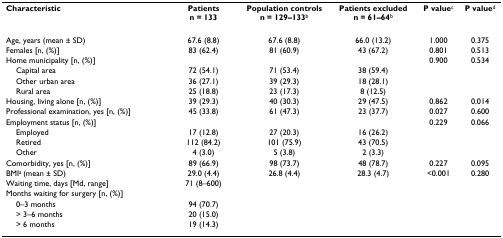
<table><thead><tr><td><b>Characteristic</b></td><td><b>Patients n = 133</b></td><td><b>Population controls n = 129–133<sup>b</sup></b></td><td><b>Patients excluded n = 61–64<sup>b</sup></b></td><td><b>P value<sup>c</sup></b></td><td><b>P value<sup>d</sup></b></td></tr></thead><tbody><tr><td>Age, years (mean ± SD)</td><td>67.6 (8.8)</td><td>67.6 (8.8)</td><td>66.0 (13.2)</td><td>1.000</td><td>0.375</td></tr><tr><td>Females [n, (%)]</td><td>83 (62.4)</td><td>81 (60.9)</td><td>43 (67.2)</td><td>0.801</td><td>0.513</td></tr><tr><td>Home municipality [n, (%)]</td><td></td><td></td><td></td><td>0.900</td><td>0.534</td></tr><tr><td> Capital area</td><td>72 (54.1)</td><td>71 (53.4)</td><td>38 (59.4)</td><td></td><td></td></tr><tr><td> Other urban area</td><td>36 (27.1)</td><td>39 (29.3)</td><td>18 (28.1)</td><td></td><td></td></tr><tr><td> Rural area</td><td>25 (18.8)</td><td>23 (17.3)</td><td>8 (12.5)</td><td></td><td></td></tr><tr><td>Housing, living alone [n, (%)]</td><td>39 (29.3)</td><td>40 (30.3)</td><td>29 (47.5)</td><td>0.862</td><td>0.014</td></tr><tr><td>Professional examination, yes [n, (%)]</td><td>45 (33.8)</td><td>61 (47.3)</td><td>23 (37.7)</td><td>0.027</td><td>0.600</td></tr><tr><td>Employment status [n, (%)]</td><td></td><td></td><td></td><td>0.229</td><td>0.066</td></tr><tr><td> Employed</td><td>17 (12.8)</td><td>27 (20.3)</td><td>16 (26.2)</td><td></td><td></td></tr><tr><td> Retired</td><td>112 (84.2)</td><td>101 (75.9)</td><td>43 (70.5)</td><td></td><td></td></tr><tr><td> Other</td><td>4 (3.0)</td><td>5 (3.8)</td><td>2 (3.3)</td><td></td><td></td></tr><tr><td>Comorbidity, yes [n, (%)]</td><td>89 (66.9)</td><td>98 (73.7)</td><td>48 (78.7)</td><td>0.227</td><td>0.095</td></tr><tr><td>BMI<sup>a </sup>(mean ± SD)</td><td>29.0 (4.4)</td><td>26.8 (4.4)</td><td>28.3 (4.7)</td><td>&lt;0.001</td><td>0.280</td></tr><tr><td>Waiting time, days [Md, range]</td><td>71 (8–600)</td><td></td><td></td><td></td><td></td></tr><tr><td>Months waiting for surgery [n, (%)]</td><td></td><td></td><td></td><td></td><td></td></tr><tr><td> 0–3 months</td><td>94 (70.7)</td><td></td><td></td><td></td><td></td></tr><tr><td> &gt; 3–6 months</td><td>20 (15.0)</td><td></td><td></td><td></td><td></td></tr><tr><td> &gt; 6 months</td><td>19 (14.3)</td><td></td><td></td><td></td><td></td></tr></tbody></table>